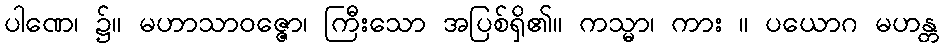
ပါဏေ၊ ၌။ မဟာသာဝဇ္ဇော၊ ကြီးသော အပြစ်ရှိ၏။ ကသ္မာ၊ ကား ။ ပယောဂ မဟန္တ